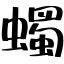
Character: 蠋